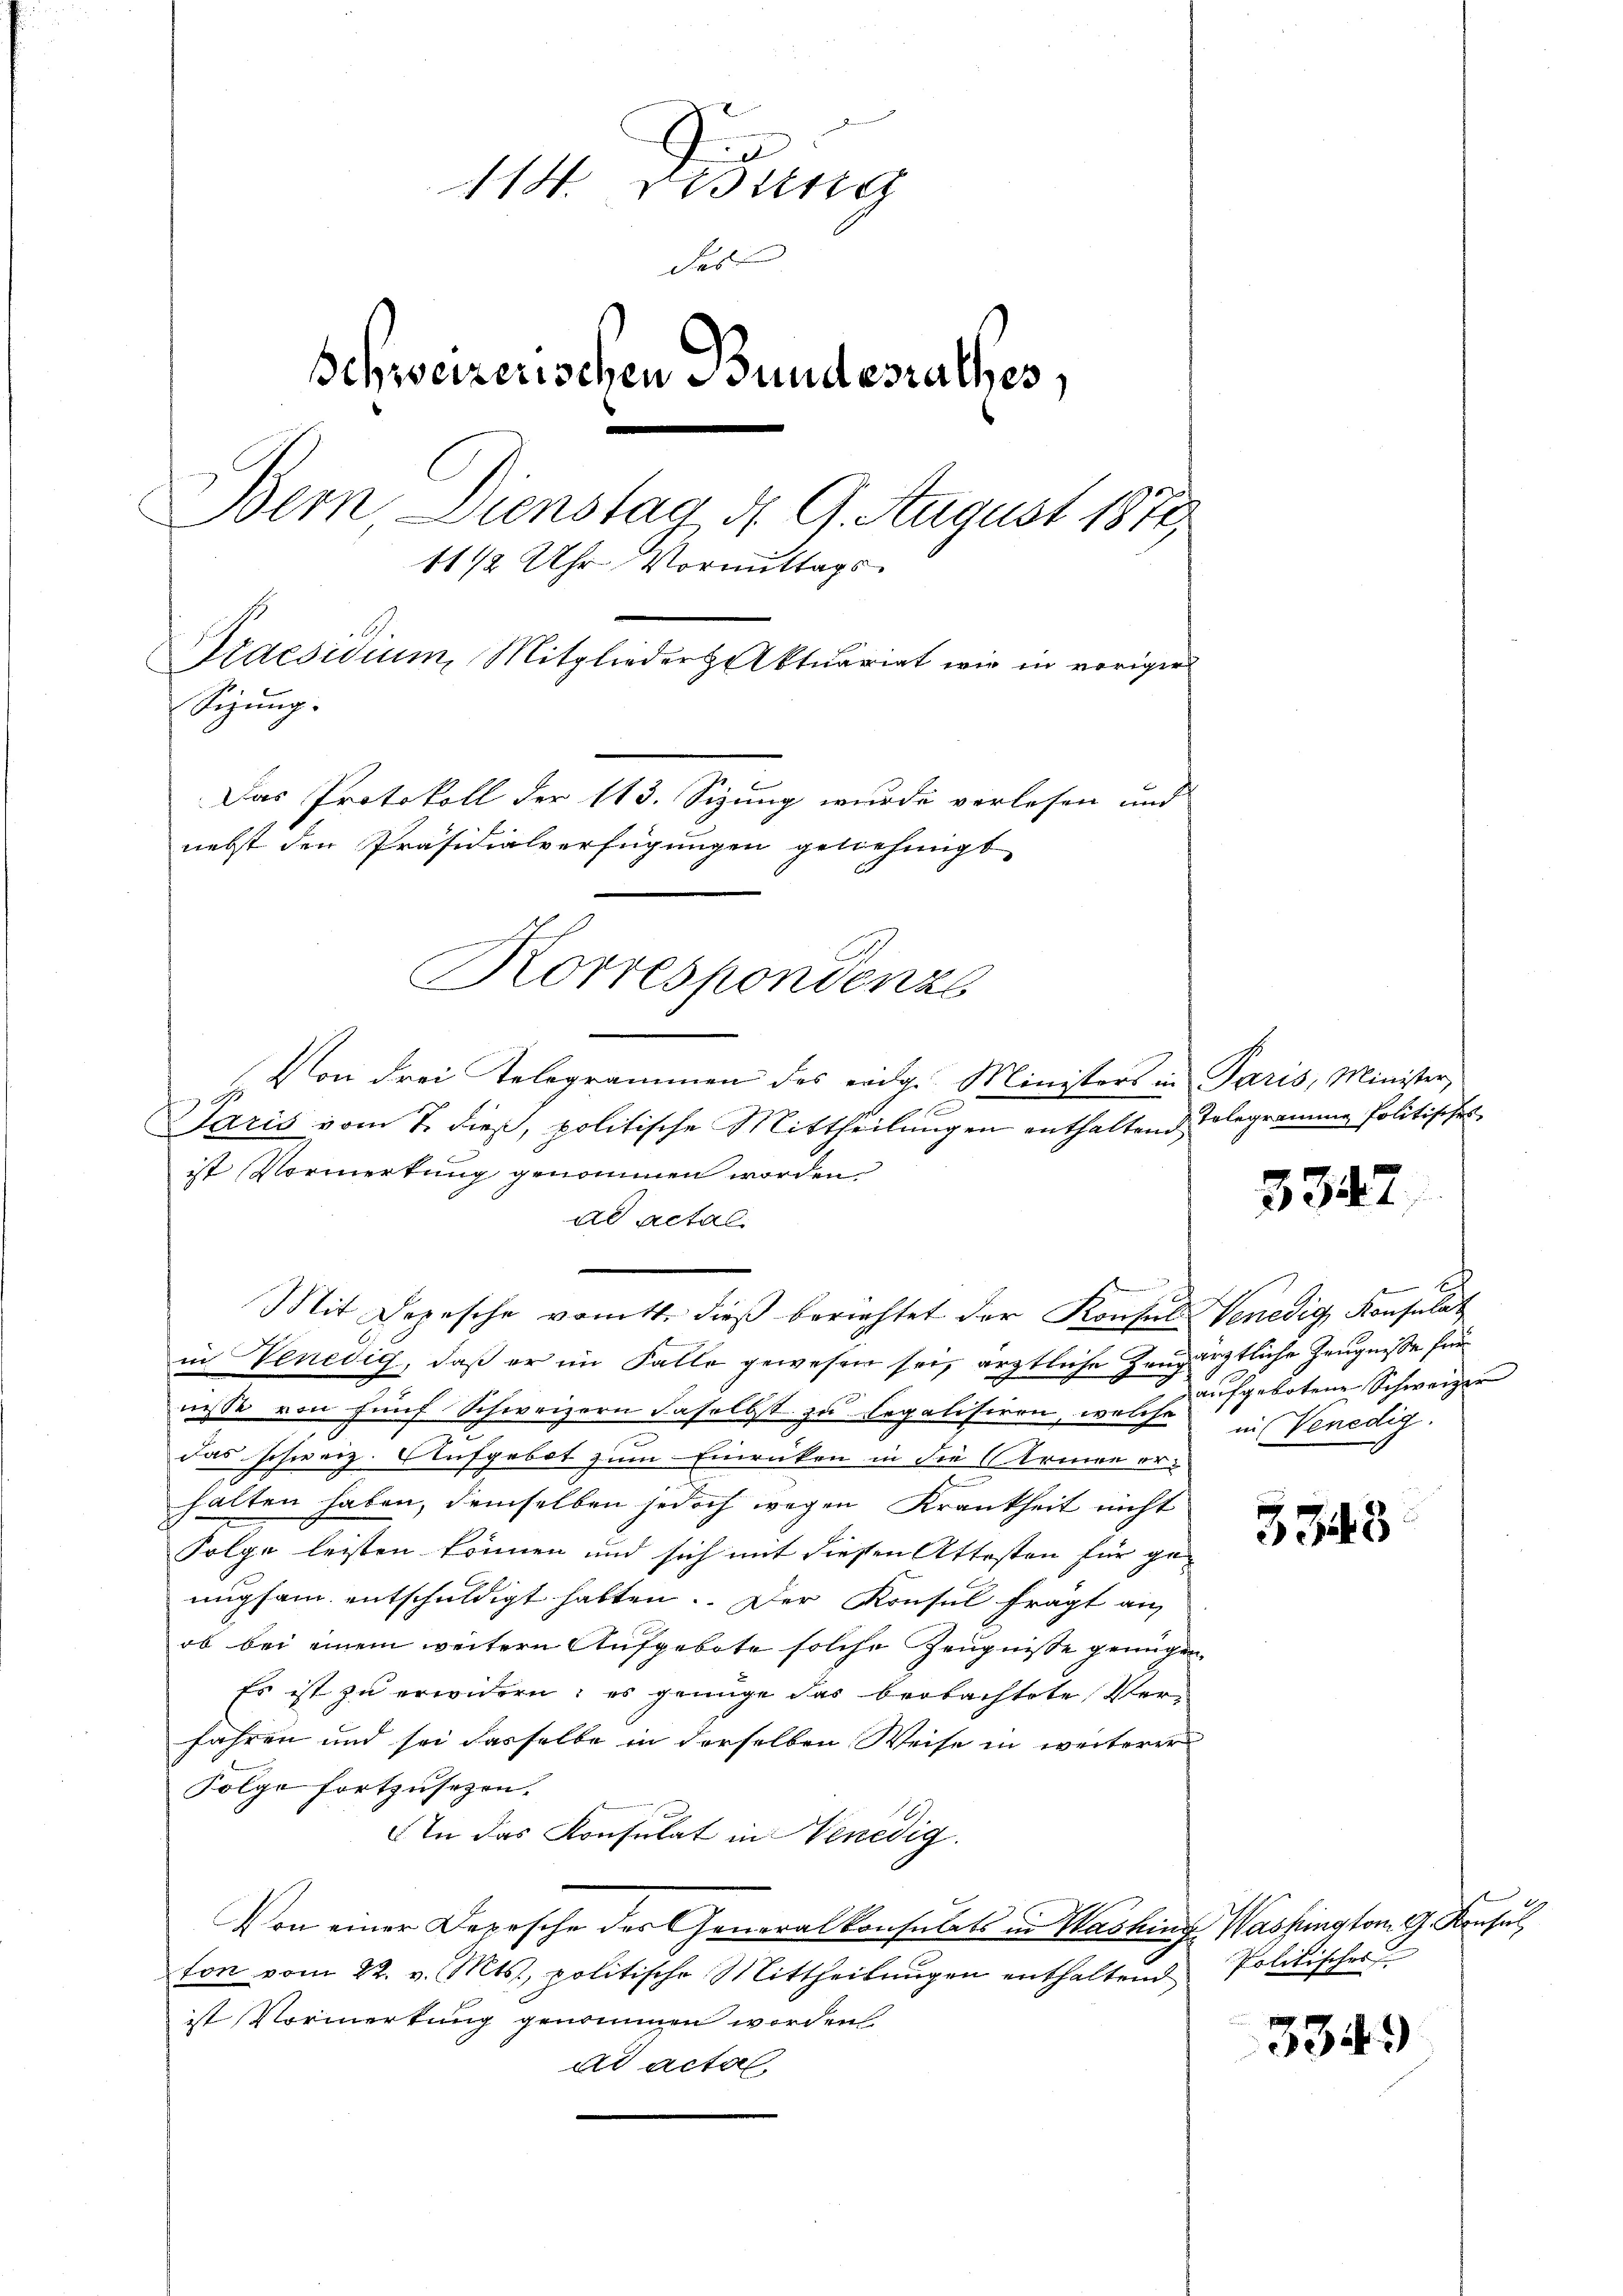
114. Diding
das |
Schweizerischen Bundesrathes,
Bern Dienstag d. 9. August 1877
11/2 Uhr Vormittags-
Praesidium, Mitgliederhaktuariat wir in voriger
Sigung.
Das Protokoll der 113. Sizung wurde verlesen und
nebst den Präsidialverfügungen geliehengt
Korrespondenze

d
Jaris vom 7. dieß, politische Mittheilungen enthaltend Telegramme Politisches
ist Vormerkung genommen worden.
ad actal.
in Venedig, daß er im Falle gewesen sei, ärztliche Zeugärztliche Zeugnisse frünisse von fünf Schweizern daselbst zu legalisiren, was aufgebotene Schweizer
.
das schweiz. Aufgebot zum Einrücken in die Armen orhalten haben, demselben jedoch wegen Krankheit nicht
Folge leisten können und sich mit diesen Attesten für genugsam entschuldigt hatten. Der Konsul fragt auf
ob bei einem weitern Aufgebote solche Zeugnisse genügen,
Es ist zu erwidern; es genüge das beobachtete Verfahren und sei dasselbe in derselben Weise in weiterer
Folge fortzusezen.
In das Konsulat in Venedig
Von einer Depesche des Generalkonsulats in Washing, Washington G. Konsul
fon vom 22. v. Mts., politische Mittheilŭngen enthaltend Politisches
ist Vormerkung genommen worden
ad acta

(Von drei Telegrammen des eidg. Ministers in Paris, Minister,

Mit Depesche vom 4. dieß berichtet der Konsul Venedig, Konsulat

h

3347

in Venedig

3343

3349)